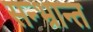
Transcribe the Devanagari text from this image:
सन्भ्रान्त